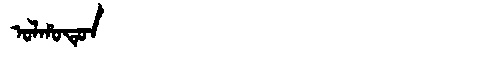
Manchu: ᠣᠯᡥᠣᡨᡠᠨ
Romanization: OLHOTUN